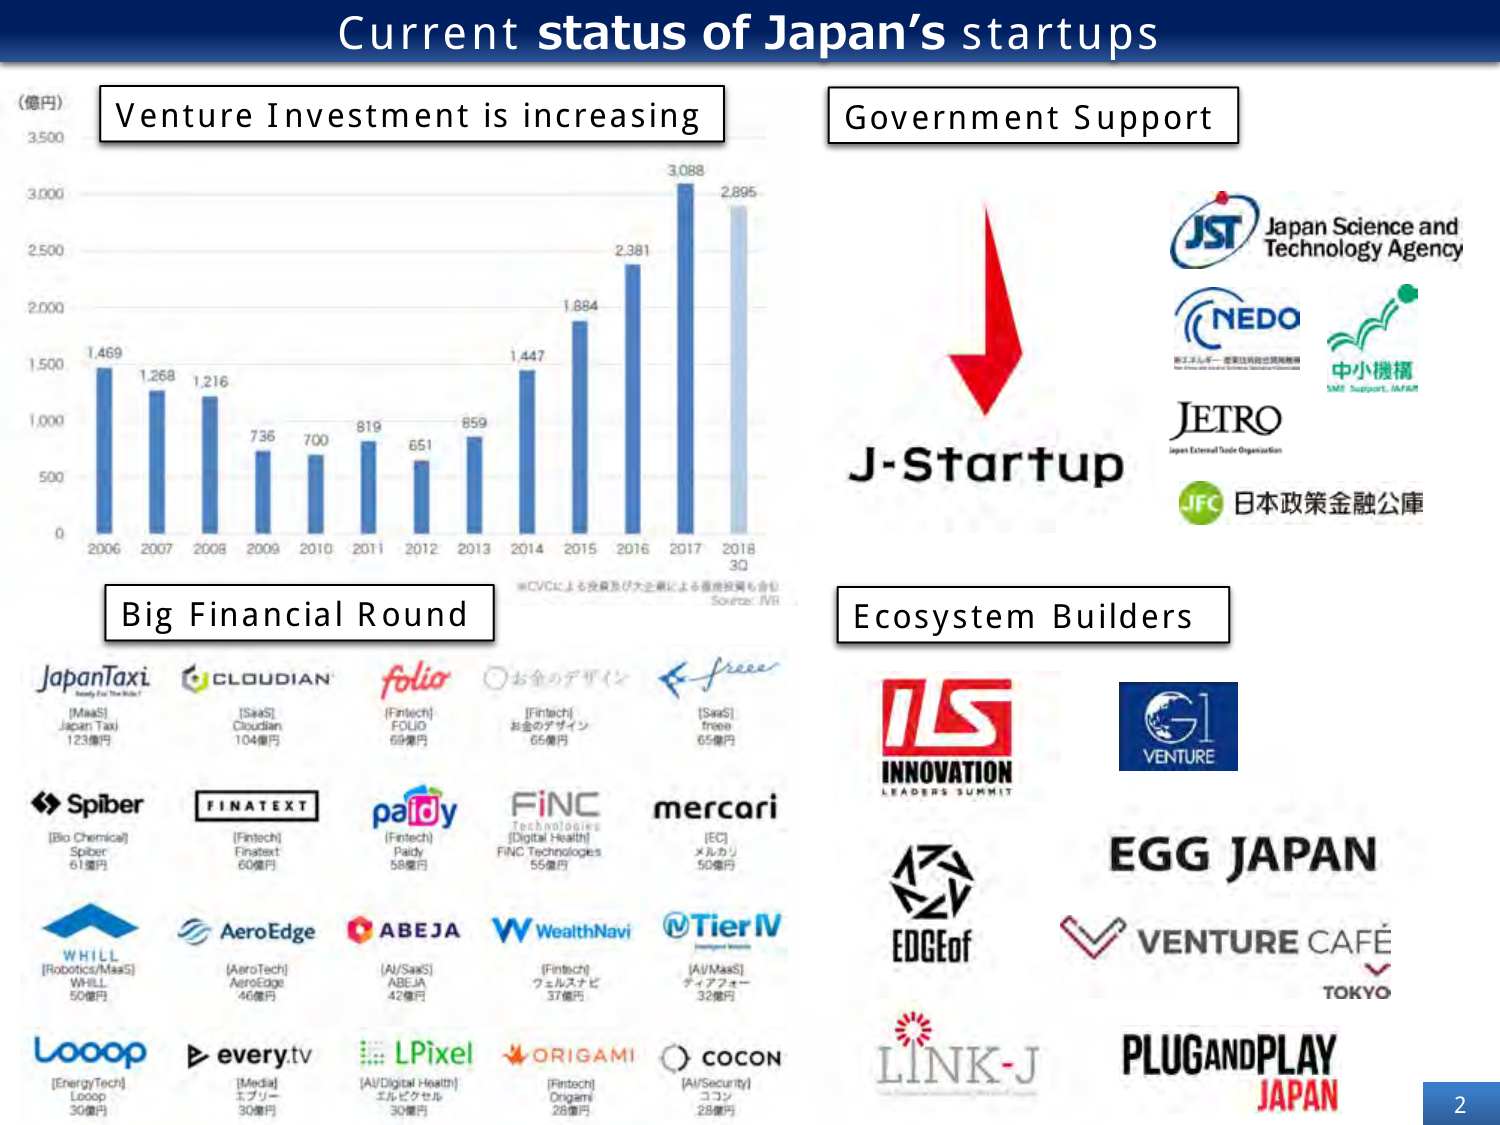
Current status of Japan’s startups

Venture Investment is increasing
(億円)
3,500
3,000
2,500
2,000
1,500
1,000
500
0
1,469
1,268
1,216
736
700
819
651
659
1,447
1,884
2,381
3,088
2,895
2006 2007 2008 2009 2010 2011 2012 2013 2014 2015 2016 2017 2018 3Q
※CVCによる投資及び大企業による直接投資も含む
Source: JVR

Government Support
JST Japan Science and Technology Agency
NEDO
新エネルギー・産業技術総合開発機構
中小機構
SME Support, JAPAN
JETRO Japan External Trade Organization
JFC 日本政策金融公庫

J-Startup

Ecosystem Builders
ILS INNOVATION LEADERS SUMMIT
G1 VENTURE
EGG JAPAN
VENTURE CAFÉ TOKYO
EDGEof
LINK-J
PLUGANDPLAY JAPAN

Big Financial Round
JapanTaxi
[MaaS]
Japan Taxi
123億円
CLOUDIAN
[SaaS]
Cloudian
104億円
folio
[Fintech]
FOLIO
69億円
お金のデザイン
[Fintech]
お金のデザイン
65億円
freee
[SaaS]
freee
65億円
Spiber
[Bio Chemical]
Spiber
61億円
FINATEXT
[Fintech]
Finatext
60億円
payy
[Fintech]
Payy
58億円
FINC Technologies
[Digital Health]
FINC Technologies
55億円
mercari
[EC]
メルカリ
50億円
WHILL
[Robotics/MaaS]
WHILL
50億円
AeroEdge
[AeroTech]
AeroEdge
46億円
ABEJA
[AI/SaaS]
ABEJA
42億円
WealthNavi
[Fintech]
ウェルスナビ
37億円
Tier IV
[AI/MaaS]
ティアフォー
32億円
Loop
[Energy/Tech]
Loop
30億円
every.tv
[Media]
エブリー
30億円
LPixel
[AI/Digital Health]
エルピクセル
30億円
ORIGAMI
[Fintech]
Origami
28億円
COCON
[AI/Security]
ココン
28億円

2